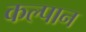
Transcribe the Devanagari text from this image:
कल्पान